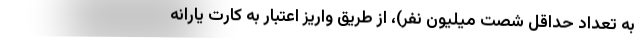
به تعداد حداقل شصت میلیون نفر)، از طریق واریز اعتبار به کارت یارانه